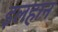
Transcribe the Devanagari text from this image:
इलहान